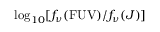
\log _ { 1 0 } [ f _ { \nu } ( \mathrm { F U V } ) / f _ { \nu } ( J ) ]